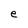
Character: e